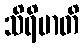
သိရိမာတိ